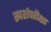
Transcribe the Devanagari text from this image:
स्पर्शपरीक्षा